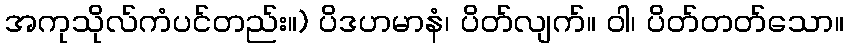
အကုသိုလ်ကံပင်တည်း။) ပိဒဟမာနံ၊ ပိတ်လျက်။ ဝါ၊ ပိတ်တတ်သော။